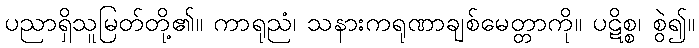
ပညာရှိသူမြတ်တို့၏။ ကာရုညံ၊ သနားကရုဏာချစ်မေတ္တာကို။ ပဋိစ္စ၊ စွဲ၍။